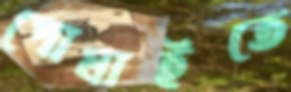
পোষাইতে